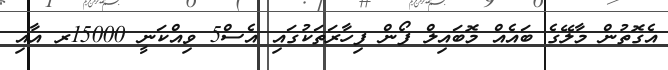
އެގޮތުން މާލޭގެ ބައެއް މޮބައިލް ފޯން ފިހާރަތަކުގައި އެސް5 ވިއްކަނީ 15000ރ އާއި